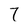
Character: 7